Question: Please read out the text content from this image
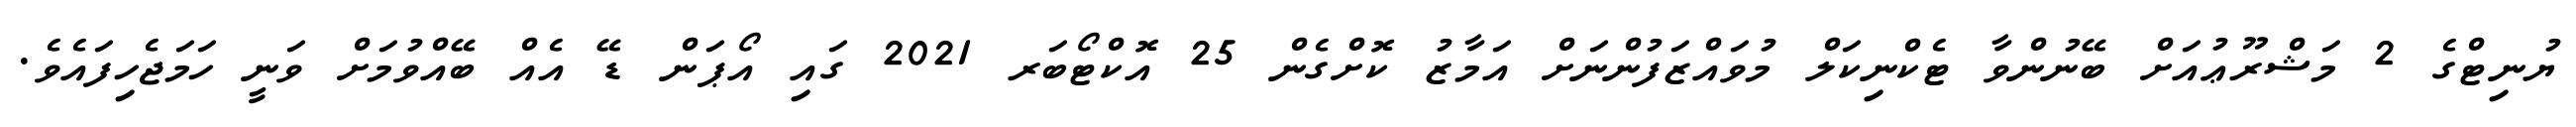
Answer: ޔުނިޓްގެ 2 މަޝްރޫޢުއަށް ބޭނުންވާ ޓެކްނިކަލް މުވައްޒަފުންނަށް އަމާޒު ކޮށްގެން 25 އޮކްޓޯބަރ 2021 ގައި އޯޕަން ޑޭ އެއް ބޭއްވުމަށް ވަނީ ހަމަޖެހިފައެވެ.